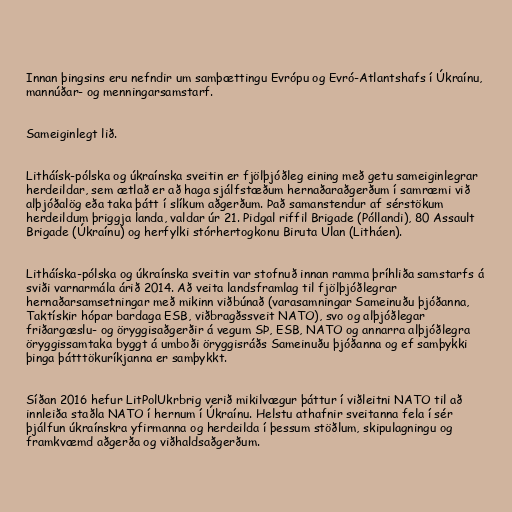
Innan þingsins eru nefndir um samþættingu Evrópu og Evró-Atlantshafs í Úkraínu,
mannúðar- og menningarsamstarf.

Sameiginlegt lið.

Litháísk-pólska og úkraínska sveitin er fjölþjóðleg eining með getu sameiginlegrar
herdeildar, sem ætlað er að haga sjálfstæðum hernaðaraðgerðum í samræmi við
alþjóðalög eða taka þátt í slíkum aðgerðum. Það samanstendur af sérstökum
herdeildum þriggja landa, valdar úr 21. Pidgal riffil Brigade (Póllandi), 80 Assault
Brigade (Úkraínu) og herfylki stórhertogkonu Biruta Ulan (Litháen).

Litháíska-pólska og úkraínska sveitin var stofnuð innan ramma þríhliða samstarfs á
sviði varnarmála árið 2014. Að veita landsframlag til fjölþjóðlegrar
hernaðarsamsetningar með mikinn viðbúnað (varasamningar Sameinuðu þjóðanna,
Taktískir hópar bardaga ESB, viðbragðssveit NATO), svo og alþjóðlegar
friðargæslu- og öryggisaðgerðir á vegum SÞ, ESB, NATO og annarra alþjóðlegra
öryggissamtaka byggt á umboði öryggisráðs Sameinuðu þjóðanna og ef samþykki
þinga þátttökuríkjanna er samþykkt.

Síðan 2016 hefur LitPolUkrbrig verið mikilvægur þáttur í viðleitni NATO til að
innleiða staðla NATO í hernum í Úkraínu. Helstu athafnir sveitanna fela í sér
þjálfun úkraínskra yfirmanna og herdeilda í þessum stöðlum, skipulagningu og
framkvæmd aðgerða og viðhaldsaðgerðum.